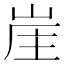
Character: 𡷜